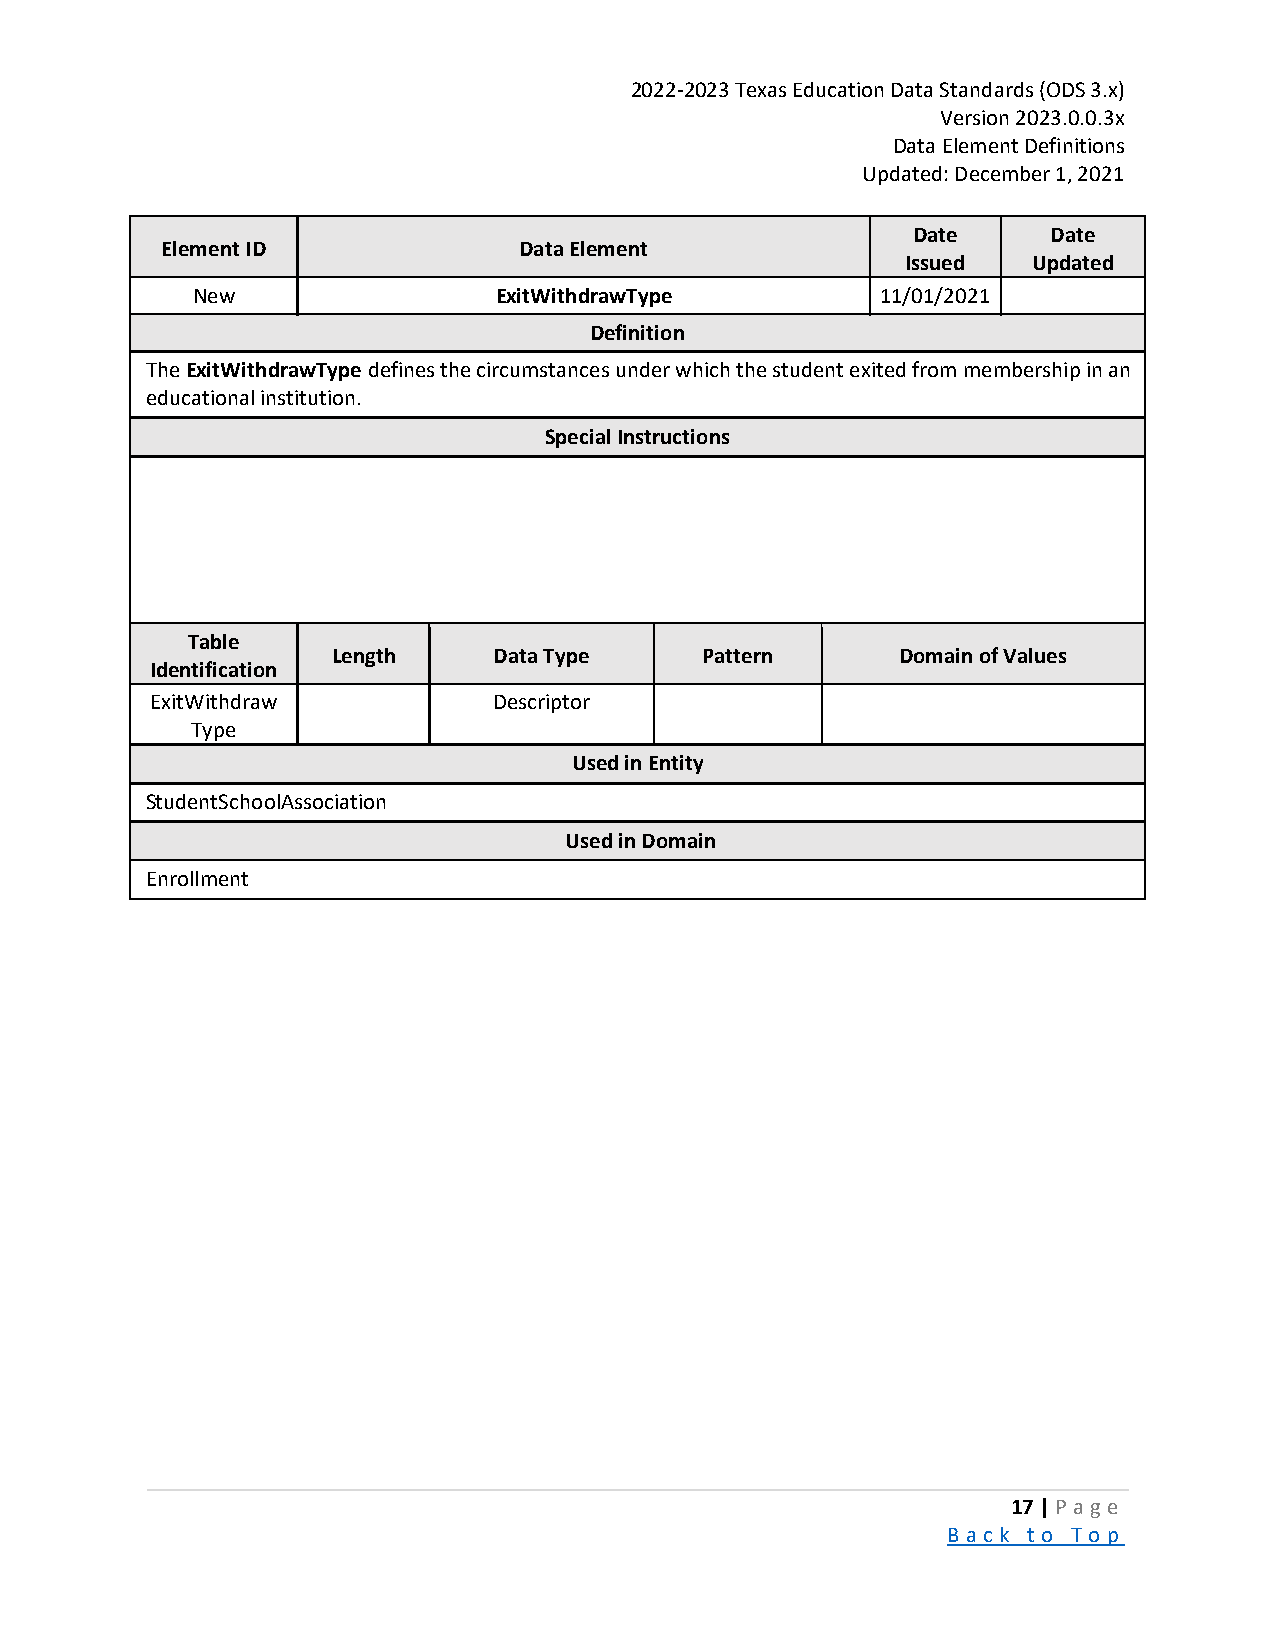
2022-2023 Texas Education Data Standards (ODS 3.x)
 Version 2023.0.0.3x
 Data Element Definitions
 Updated: December 1, 2021
 Date      Date
 Element ID             Data Element
 Issued  Updated
 New                 ExitWithdrawType         11/01/2021
 Definition
 The ExitWithdrawType defines the circumstances under which the student exited from membership in an
 educational institution.
 Special Instructions
 Table
 Length     Data Type    Pattern       Domain of Values
 Identification
 ExitWithdraw           Descriptor
 Type
 Used in Entity
 StudentSchoolAssociation
 Used in Domain
 Enrollment
 17 | P a ge
 B a ck to To p